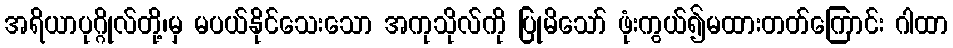
အရိယာပုဂ္ဂိုလ်တို့၊မှ မပယ်နိုင်သေးသော အကုသိုလ်ကို ပြုမိသော် ဖုံးကွယ်၍မထားတတ်ကြောင်း ဂါထာ